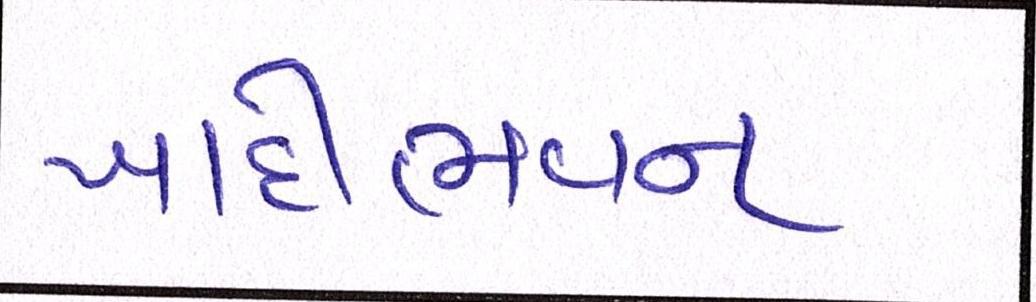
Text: ખાદીભવન